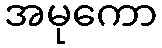
အမုကော